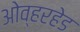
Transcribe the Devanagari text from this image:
ओव्हरहेड